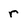
Character: r